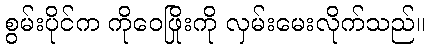
စွမ်းပိုင်က ကိုဝေဖြိုးကို လှမ်းမေးလိုက်သည်။